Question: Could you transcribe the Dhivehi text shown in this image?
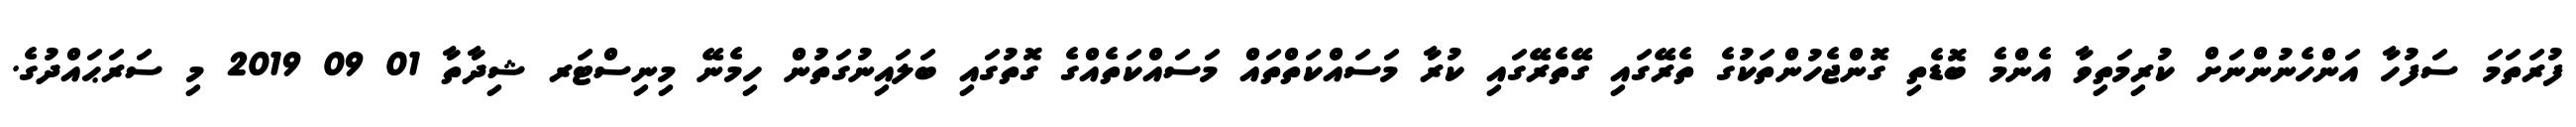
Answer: ފުރަތަމަ ސަފުހާ އަންހެނުންނަށް ކުރިމަތިވާ އެންމެ ބޮޑެތި ގޮންޖެހުންތަކުގެ ތެރޭގައި ގޭތެރޭގައި ކުރާ މަސައްކަތްތައް މަސައްކަތެއްގެ ގޮތުގައި ބަލައިނުގަތުން ހިމެނޭ މިނިސްޓަރ ޝިދާތާ 01 09 2019 މި ސަރަޙައްދުގެ.